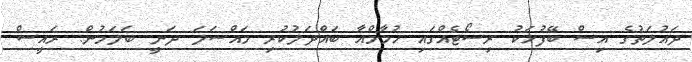
ދައުލަތުގެ އިސް ބޭފުޅަކު ރިސޯޓެއްގައި ހުމާމްއާ ބައްދަލުކުރި މައްސަލަ ދަނީ ބަލަމުން: ރައީސް